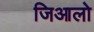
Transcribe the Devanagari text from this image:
जिआलो